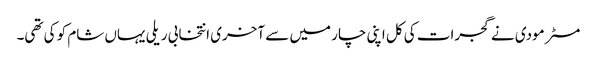
مسٹر مودی نے گجرات کی کل اپنی چار میں سے آخری انتخابی ریلی یہاں شام کو کی تھی۔